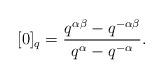
LaTeX: \begin{align*}[0]_q= \frac{q^{\alpha\beta}-q^{-\alpha\beta}}{q^\alpha - q^{-\alpha}} .\end{align*}